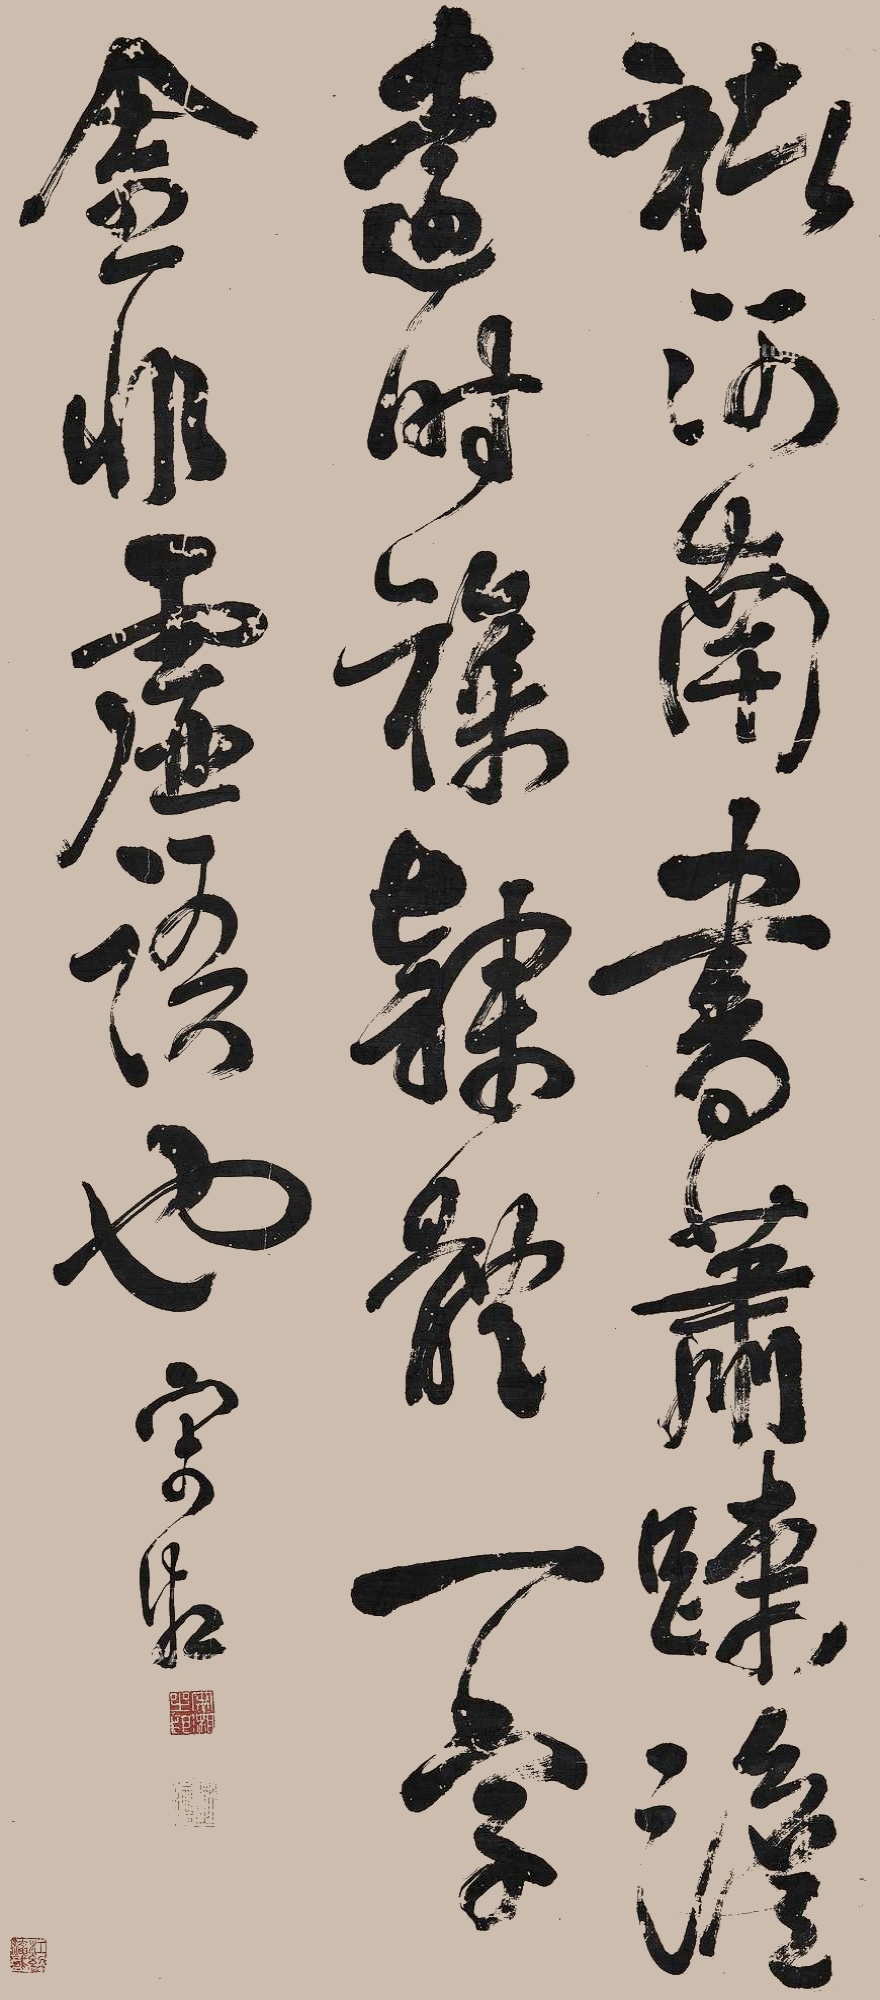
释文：褚河南书肃疏淡远，时杂隶体。一字金，非虚语也。宋湘。